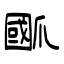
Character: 爴